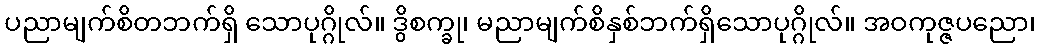
ပညာမျက်စိတဘက်ရှိ သောပုဂ္ဂိုလ်။ ဒွိစက္ခု၊ မညာမျက်စိနှစ်ဘက်ရှိသောပုဂ္ဂိုလ်။ အဝကုဇ္ဇပညော၊